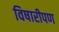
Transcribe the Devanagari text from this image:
विषारीपण